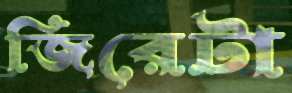
জিরেটা